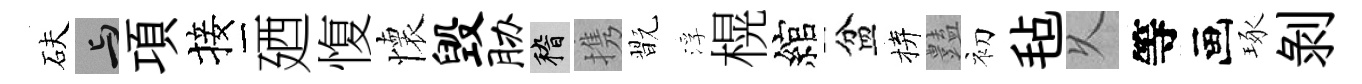
砆与項接廼愎懷毁胁稽携翫浮榥綰盆拚𧰟初毡乆等画琢剝